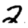
Digit: 2